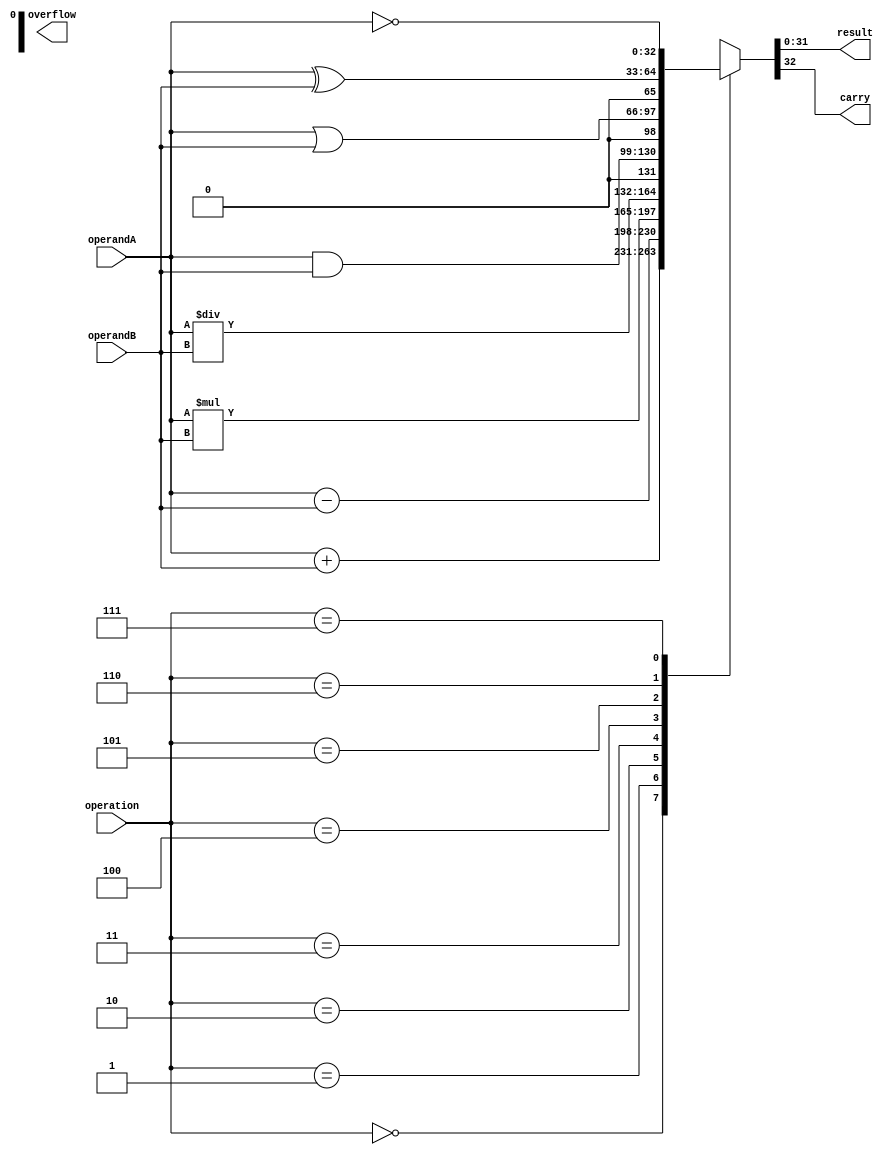
module ALU (
  input wire [31:0] operandA,
  input wire [31:0] operandB,
  input wire [2:0] operation,
  output wire [31:0] result,
  output wire carry,
  output wire overflow
);

wire [32:0] tempResult;
wire tempCarry;

always @(*) begin
  case(operation)
    3'b000: tempResult = operandA + operandB; // Addition
    3'b001: tempResult = operandA - operandB; // Subtraction
    3'b010: tempResult = operandA * operandB; // Multiplication
    3'b011: tempResult = operandA / operandB; // Division
    3'b100: tempResult = operandA & operandB; // Bitwise AND
    3'b101: tempResult = operandA | operandB; // Bitwise OR
    3'b110: tempResult = operandA ^ operandB; // Bitwise XOR
    3'b111: tempResult = ~operandA; // Bitwise NOT
  endcase
end

assign result = tempResult[31:0];
assign carry = tempResult[32];
assign overflow = tempResult[33];

endmodule